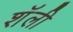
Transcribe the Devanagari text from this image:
शॅली